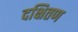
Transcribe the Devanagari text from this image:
दक्षितण